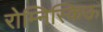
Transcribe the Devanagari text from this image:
रोम्निस्किऊ